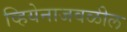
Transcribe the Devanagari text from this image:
व्हियेनाजवळील